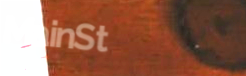
MainSt